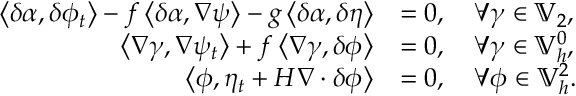
\begin{array} { r l } { \left\langle \delta \alpha , \delta \phi _ { t } \right\rangle - f \left\langle \delta \alpha , \nabla \psi \right\rangle - g \left\langle \delta \alpha , \delta \eta \right\rangle } & { = 0 , \quad \forall \gamma \in \mathbb { V } _ { 2 } , } \\ { \left\langle \nabla \gamma , \nabla \psi _ { t } \right\rangle + f \left\langle \nabla \gamma , \delta \phi \right\rangle } & { = 0 , \quad \forall \gamma \in \mathbb { V } _ { h } ^ { 0 } , } \\ { \left\langle \phi , \eta _ { t } + H \nabla \cdot \delta \phi \right\rangle } & { = 0 , \quad \forall \phi \in \mathbb { V } _ { h } ^ { 2 } . } \end{array}